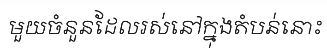
មួយចំនួនដែលរស់នៅក្នុងតំបន់នោះ